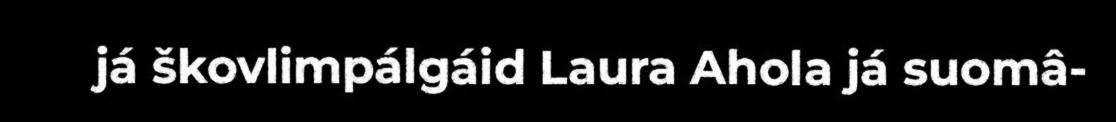
já škovlimpálgáid Laura Ahola já suomâ-